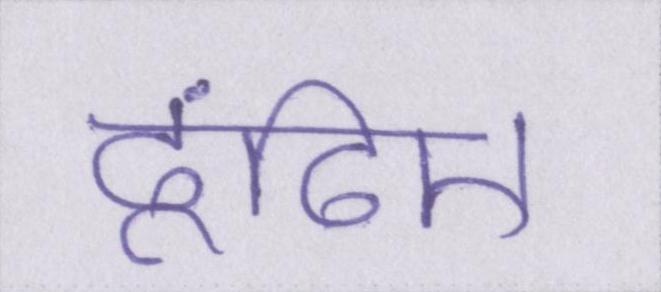
ढूंढिए